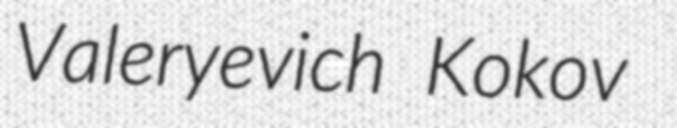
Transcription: Valeryevich Kokov